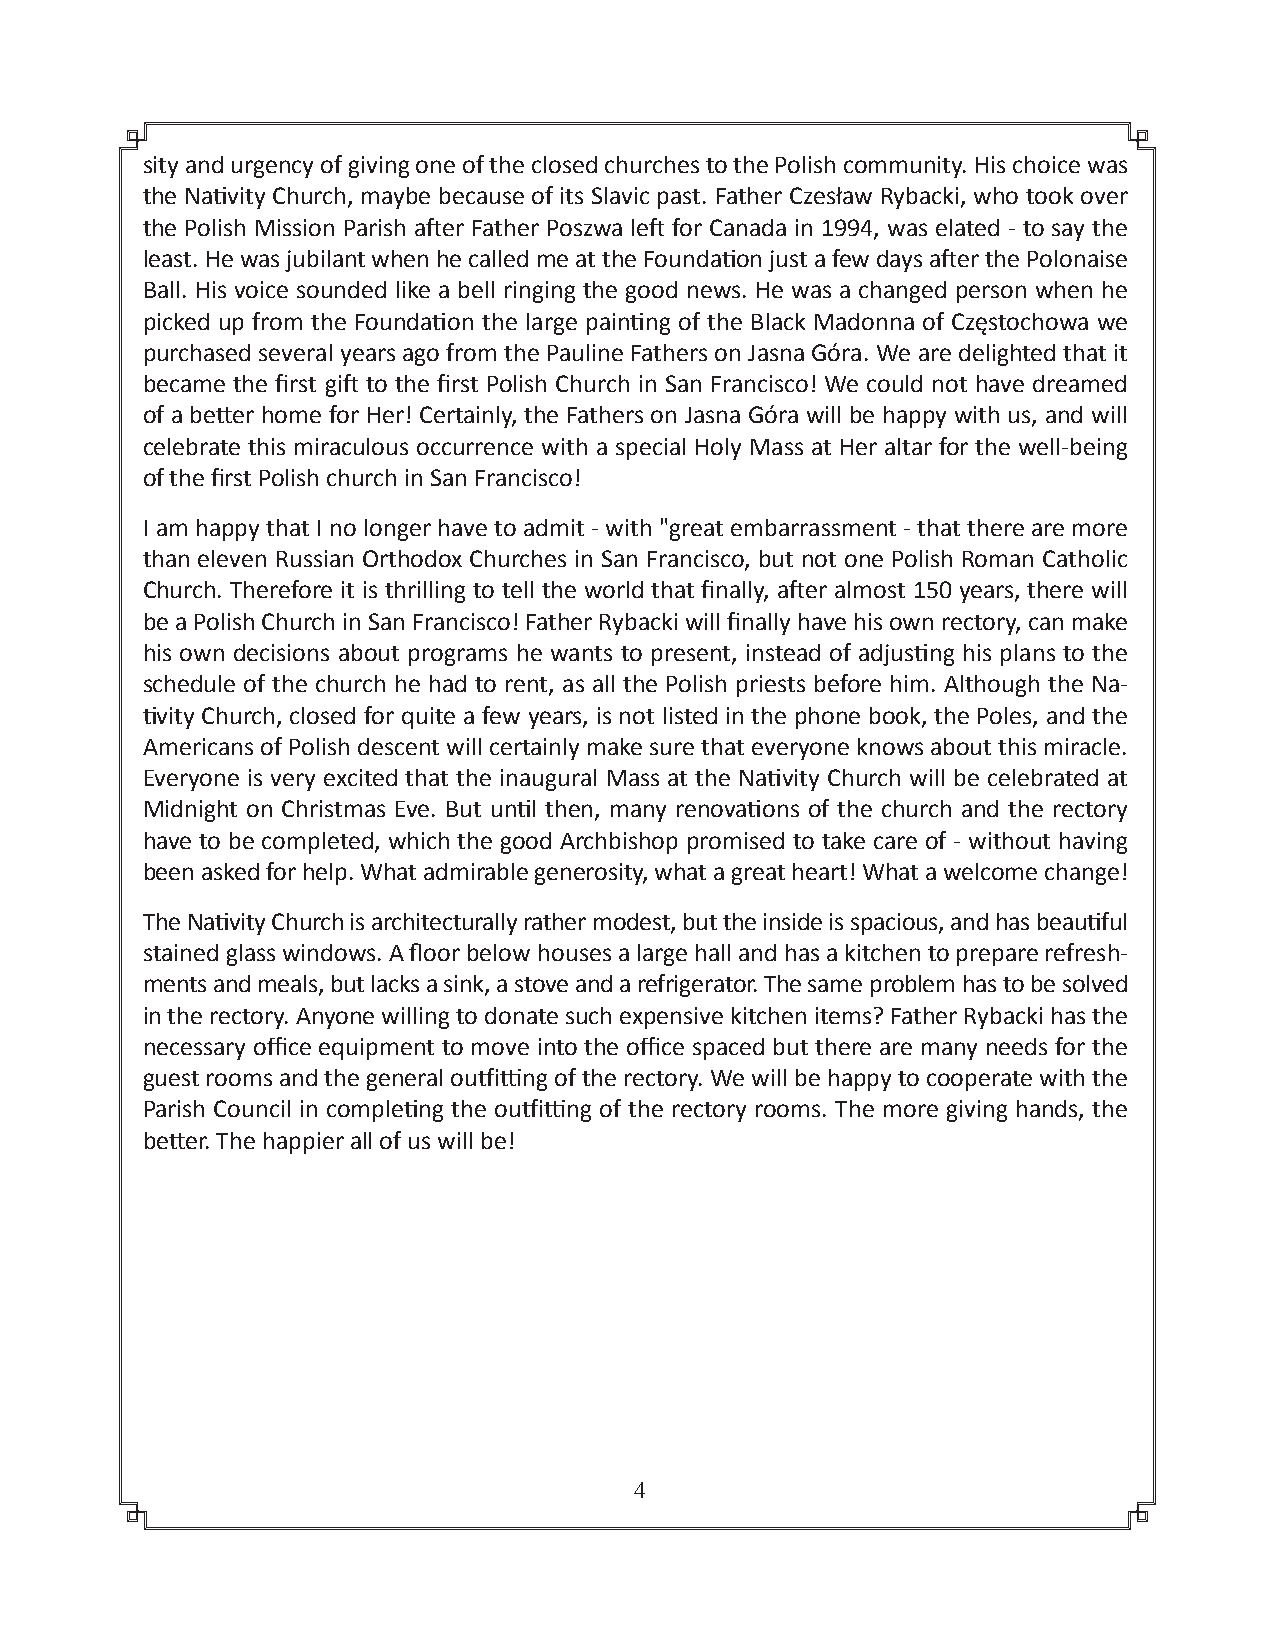
sity and urgency of giving one of the closed churches to the Polish community. His choice was
 the Nativity Church, maybe because of its Slavic past. Father Czesław Rybacki, who took over
 the Polish Mission Parish after Father Poszwa left for Canada in 1994, was elated - to say the
 least. He was jubilant when he called me at the Foundation just a few days after the Polonaise
 Ball. His voice sounded like a bell ringing the good news. He was a changed person when he
 picked up from the Foundation the large painting of the Black Madonna of Częstochowa we
 purchased several years ago from the Pauline Fathers on Jasna Góra. We are delighted that it
 became the first gift to the first Polish Church in San Francisco! We could not have dreamed
 of a better home for Her! Certainly, the Fathers on Jasna Góra will be happy with us, and will
 celebrate this miraculous occurrence with a special Holy Mass at Her altar for the well-being
 of the first Polish church in San Francisco!
 I am happy that I no longer have to admit - with "great embarrassment - that there are more
 than eleven Russian Orthodox Churches in San Francisco, but not one Polish Roman Catholic
 Church. Therefore it is thrilling to tell the world that finally, after almost 150 years, there will
 be a Polish Church in San Francisco! Father Rybacki will finally have his own rectory, can make
 his own decisions about programs he wants to present, instead of adjusting his plans to the
 schedule of the church he had to rent, as all the Polish priests before him. Although the Na-
 tivity Church, closed for quite a few years, is not listed in the phone book, the Poles, and the
 Americans of Polish descent will certainly make sure that everyone knows about this miracle.
 Everyone is very excited that the inaugural Mass at the Nativity Church will be celebrated at
 Midnight on Christmas Eve. But until then, many renovations of the church and the rectory
 have to be completed, which the good Archbishop promised to take care of - without having
 been asked for help. What admirable generosity, what a great heart! What a welcome change!
 The Nativity Church is architecturally rather modest, but the inside is spacious, and has beautiful
 stained glass windows. A floor below houses a large hall and has a kitchen to prepare refresh-
 ments and meals, but lacks a sink, a stove and a refrigerator. The same problem has to be solved
 in the rectory. Anyone willing to donate such expensive kitchen items? Father Rybacki has the
 necessary office equipment to move into the office spaced but there are many needs for the
 guest rooms and the general outfitting of the rectory. We will be happy to cooperate with the
 Parish Council in completing the outfitting of the rectory rooms. The more giving hands, the
 better. The happier all of us will be!
 4